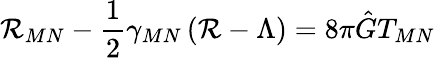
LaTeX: {\cal R}_{MN}-\frac{1}{2}\gamma_{MN}\left({\cal R}-\Lambda\right)=8\pi\hat{G}T_{MN}